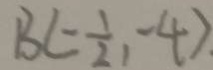
B ( - \frac { 1 } { 2 } , - 4 )